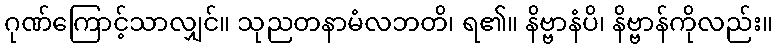
ဂုဏ်ကြောင့်သာလျှင်။ သုညတနာမံလဘတိ၊ ရ၏။ နိဗ္ဗာနံပိ၊ နိဗ္ဗာန်ကိုလည်း။